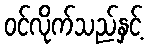
ဝင်လိုက်သည်နှင့်